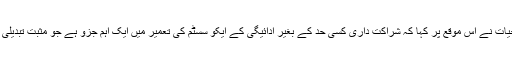
ٹیلی نار مائیکرو فنانس بینک کے قائم مقام سی ای او اسلم حیات نے اس موقع پر کہا کہ شراکت داری کسی حد کے بغیر ادائیگی کے ایکو سسٹم کی تعمیر میں ایک اہم جزو ہے جو مثبت تبدیلی لانے کے لئے فن ٹیک سلوشنز کی تخلیق میں معاون ہوگی۔